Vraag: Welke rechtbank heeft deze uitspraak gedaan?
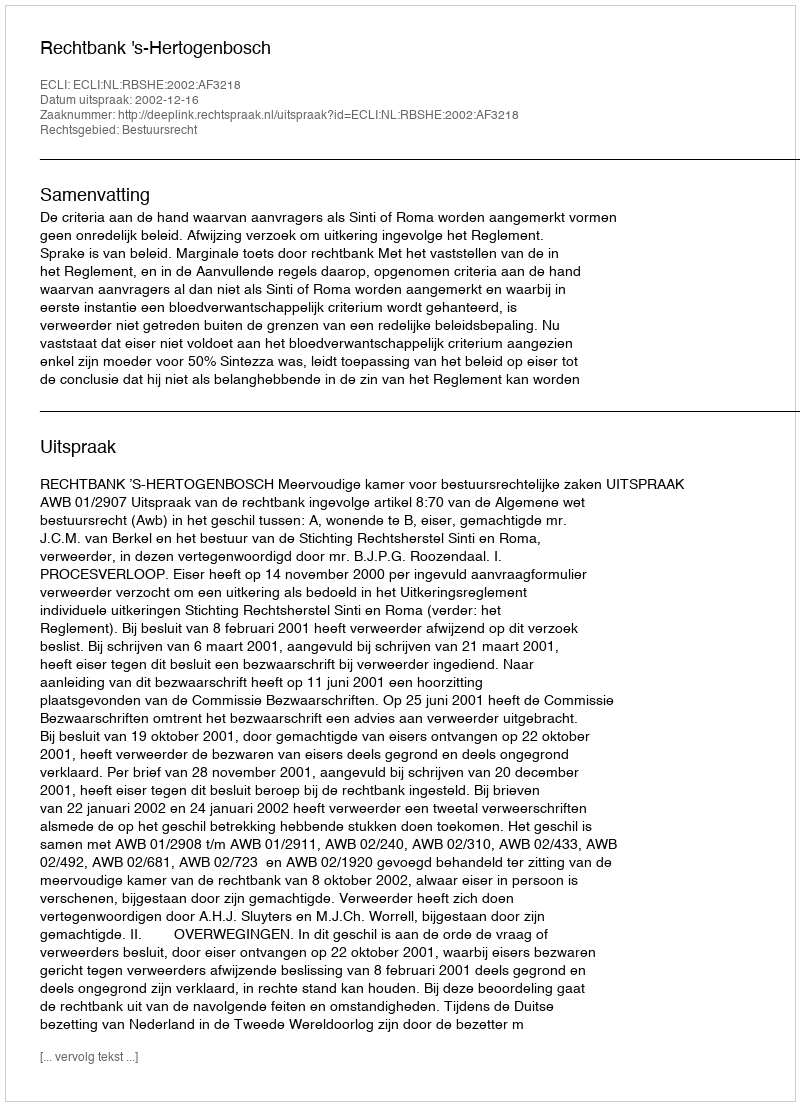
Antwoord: Rechtbank 's-Hertogenbosch